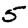
Digit: 5